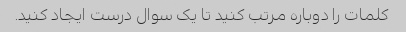
کلمات را دوباره مرتب کنید تا یک سوال درست ایجاد کنید.